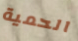
الحمية